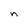
Character: n